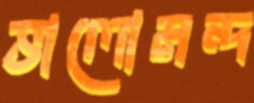
ভালোমন্দ